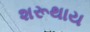
શરૂથાય